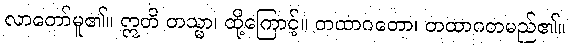
လာတော်မူ၏။ ဣတိ တသ္မာ၊ ထို့ကြောင့်။ တထာဂတော၊ တထာဂတမည်၏။